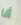
أنا